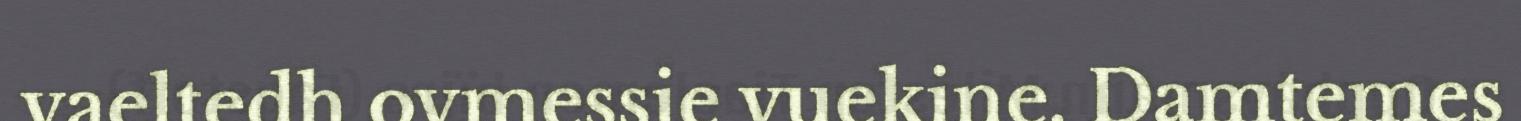
vaeltedh ovmessie vuekine. Damtemes